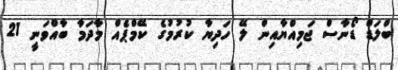
ބްލަޑް ޑޯނާސް ޖަމިއްޔާއިން ލޭ ހަދިޔާ ކުރުމުގެ ކޭމްޕެއް މާދަމާ ބާއްވަނީ 21